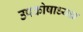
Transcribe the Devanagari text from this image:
उपकोषाध्यक्ष